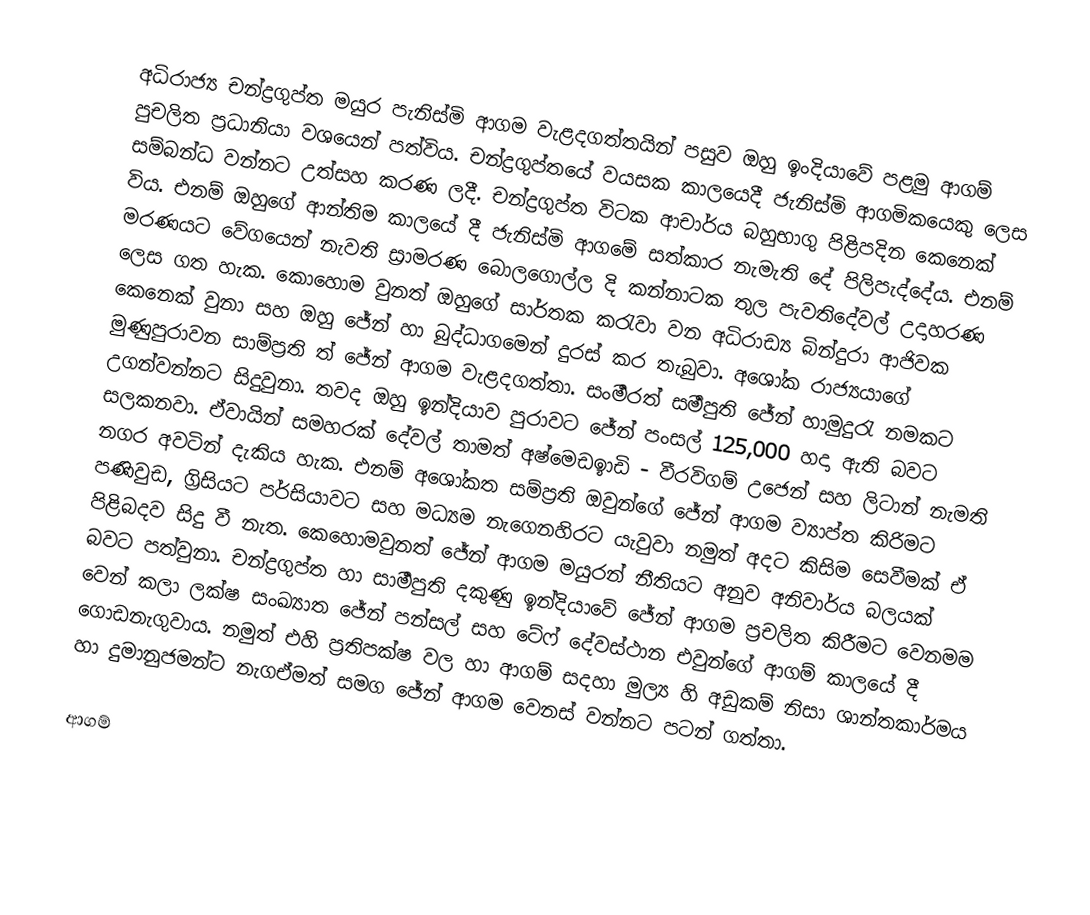
අධිරාජ්‍ය චන්ද්‍රගුප්ත මයුර පැනිස්මි ආගම ‍වැළදගත්තයින් පසුව ඔහු ඉංදියාවේ පළමු ආගම් පුචලිත ප්‍රධානියා වශයෙන් පත්විය. චන්ද්‍රගුප්තයේ වයසක කාලයෙදී ජැනිස්මි  ආගමිකයෙකු ලෙස සම්බන්ධ වන්නට උත්සහ කරණ ලදී. චන්ද්‍රගුප්ත විටක ආචාර්ය බහුභාගු පිළිපදින කෙනෙක් විය. එනම් ඔහුගේ ආන්තිම කාලයේ දී ජැනිස්මි ආගමේ සත්කාර නැමැති දේ පිලිපැද්දේය. එනම් මරණයට වේගයෙන් නැවති ස්‍රාමරණ බොලගොල්ල දි කන්නාටක තුල පැවති‍දේවල් උදාහරණ ලෙස ගත හැක. කොහොම වුනත්  ඔහුගේ සාර්තක කරැවා වන අධිරාඩ්‍ය බින්දුරා ආජිවක කෙනෙක් වුනා සහ ඔහු ජේන් හා බුද්ධාගමෙන් දුරස් කර තැබුවා. අ‍ශෝක රාජ්‍යයාගේ මුණුපුරාවන සාම්ප්‍රති ත් ජේන් ආගම වැළදගත්තා. සංර්‍මරත් සර්‍මපුති ජේන් හාමුදුරැ නමකට උගන්වන්නට සිදුවුනා. තවද ඔහු ඉන්දියාව පුරාවට ජේන් පංසල් 125,000 හදා ඇති බවට සලකනවා. ඒවායින් සමහරක් දේවල් තාමත් අෂ්මෙඩඉාඩි - වීරවිගම් උජෙන් සහ ලිටාන් නැමති නගර අවටින් දැකිය හැක. එනම් අශෝකත සම්ප්‍රති ඔවුන්ගේ ජේන් ආගම ව්‍යාප්ත කිරිමට පණිවුඩ, ග්‍රිසියට පර්සියාවට සහ මධ්‍යම නැගෙනහිරට යැවුවා නමුත් අදට කිසිම සෙවීමක් ඒ පිළිබදව සිදු වී නැත. කෙහොමවුනත් ජේන් ආගම මයුරන් නීතියට අනුව අනිවාර්ය බලයක් බවට පත්වුනා. චන්ද්‍රගුප්ත හා සාර්‍මපුති දකුණු ඉන්දියාවේ ජේන් ආගම ප්‍රචලිත කිරීමට වෙනමම වෙන් කලා ලක්ෂ සංඛ්‍යාත ජේන් පන්සල් සහ ටේෆ් දේවස්ථාන එවුන්ගේ ආගම් කාලයේ දී ගොඩනැගුවාය. නමුත් එහි ප්‍රතිපක්ෂ වල හා ආගම් සදහා මුල්‍ය හි අඩුකම් නිසා ශාන්තකාර්මය හා දුමානුජමන්ට නැගඒමත් සමග ජේන් ආගම වෙනස් වන්නට පටන් ගත්තා.

ආගම්